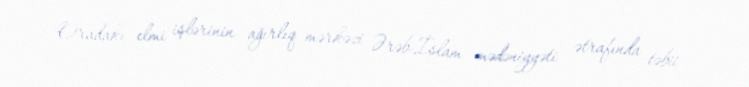
Oradakı elmi işlərinin ağırlıq mərkəzi Ərəb-İslam mədəniyyəti ətrafında təbii